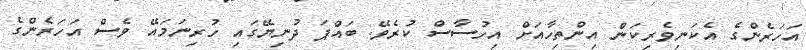
އަހަރެންގެ އެކަނިވެރިކަން އިންތިހާއަށް އިހުސާސް ކުރެވޭ. ބައްޕަ ދުނިޔޭގައި ހުރިނަމައޭ ވެސް އަހަރެންގެ